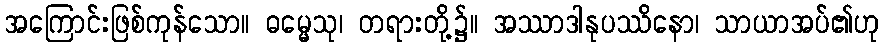
အကြောင်းဖြစ်ကုန်သော။ ဓမ္မေသု၊ တရားတို့၌။ အဿာဒါနုပဿိနော၊ သာယာအပ်၏ဟု